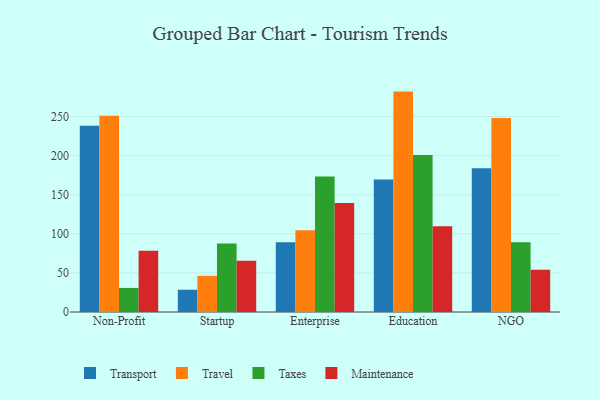
{"axis": {"x": "Segment", "y": "Revenue (USD Million)"}, "legend": ["Maintenance", "Taxes", "Transport", "Travel"], "data": [{"x": "Non-Profit", "y": 238.2, "type": "Transport"}, {"x": "Non-Profit", "y": 251.0, "type": "Travel"}, {"x": "Non-Profit", "y": 30.8, "type": "Taxes"}, {"x": "Non-Profit", "y": 78.4, "type": "Maintenance"}, {"x": "Startup", "y": 28.5, "type": "Transport"}, {"x": "Startup", "y": 46.3, "type": "Travel"}, {"x": "Startup", "y": 87.6, "type": "Taxes"}, {"x": "Startup", "y": 65.7, "type": "Maintenance"}, {"x": "Enterprise", "y": 89.1, "type": "Transport"}, {"x": "Enterprise", "y": 104.7, "type": "Travel"}, {"x": "Enterprise", "y": 173.4, "type": "Taxes"}, {"x": "Enterprise", "y": 139.4, "type": "Maintenance"}, {"x": "Education", "y": 169.6, "type": "Transport"}, {"x": "Education", "y": 282.0, "type": "Travel"}, {"x": "Education", "y": 201.0, "type": "Taxes"}, {"x": "Education", "y": 109.8, "type": "Maintenance"}, {"x": "NGO", "y": 183.9, "type": "Transport"}, {"x": "NGO", "y": 248.2, "type": "Travel"}, {"x": "NGO", "y": 89.3, "type": "Taxes"}, {"x": "NGO", "y": 54.0, "type": "Maintenance"}]}